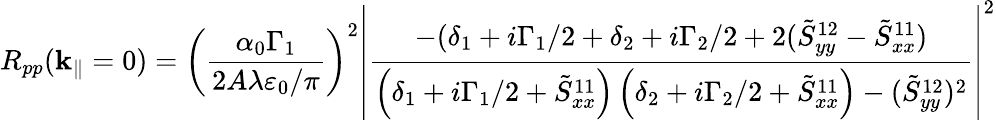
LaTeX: R_{pp}(\mathbf{k}_{\| }=0)=\left(\frac{\alpha_{0}\Gamma_{1}}{2A\lambda\varepsilon_{0}/\pi}\right)^{2}\left|\frac{-(\delta_{1}+i\Gamma_{1}/2+\delta_{2}+i\Gamma_{2}/2+2(\tilde{S}_{yy}^{12}-\tilde{S}_{xx}^{11})}{\left(\delta_{1}+i\Gamma_{1}/2+\tilde{S}_{xx}^{11}\right)\left(\delta_{2}+i\Gamma_{2}/2+\tilde{S}_{xx}^{11}\right)-(\tilde{S}_{yy}^{12})^{2}}\right|^{2}